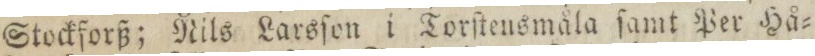
Stockforß; Nils Larsſon i Torſtensmåla ſamt Per Hå=